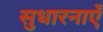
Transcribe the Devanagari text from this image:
सुधारनाएँ